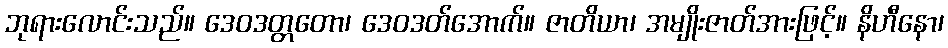
ဘုရားလောင်းသည်။ ဒေဝဒတ္တတော၊ ဒေဝဒတ်အောက်။ ဇာတိယာ၊ အမျိုးဇာတ်အားဖြင့်။ နိဟီနော၊